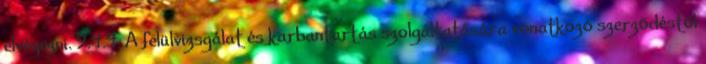
elvégezni. 9.4.4. A felülvizsgálat és karbantartás szolgáltatására vonatkozó szerzõdéstõl